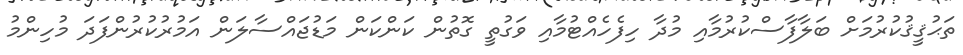
ތަޙުޤީޤުކުރުމަށް ބަލާފާސްކުރުމާއި މުދާ ހިފެހެއްޓުމާއި ވަގުތީ ގޮތުން ކަންކަން މަޑުޖައްސާލަން އަމުރުކުރުންފަދަ މުހިންމު